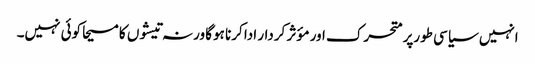
انہیں سیاسی طورپر متحرک اور مؤثر کردار ادا کرنا ہوگا ورنہ تیشوں کا مسیحا کوئی نہیں۔